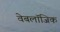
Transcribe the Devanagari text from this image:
वेबलॉजिक